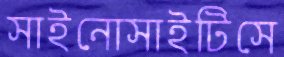
সাইনোসাইটিসে